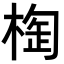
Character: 𣖑